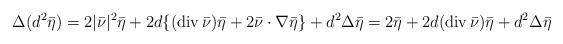
LaTeX: \begin{align*} \Delta(d^2\bar{\eta}) = 2|\bar{\nu}|^2\bar{\eta}+2d\{(\mathrm{div}\,\bar{\nu})\bar{\eta}+2\bar{\nu}\cdot\nabla\bar{\eta}\}+d^2\Delta\bar{\eta} = 2\bar{\eta}+2d(\mathrm{div}\,\bar{\nu})\bar{\eta}+d^2\Delta\bar{\eta} \end{align*}